Civil Veterinary Department. Madras. Admin. report 1926-33 - 1926-1933
Year: 1926
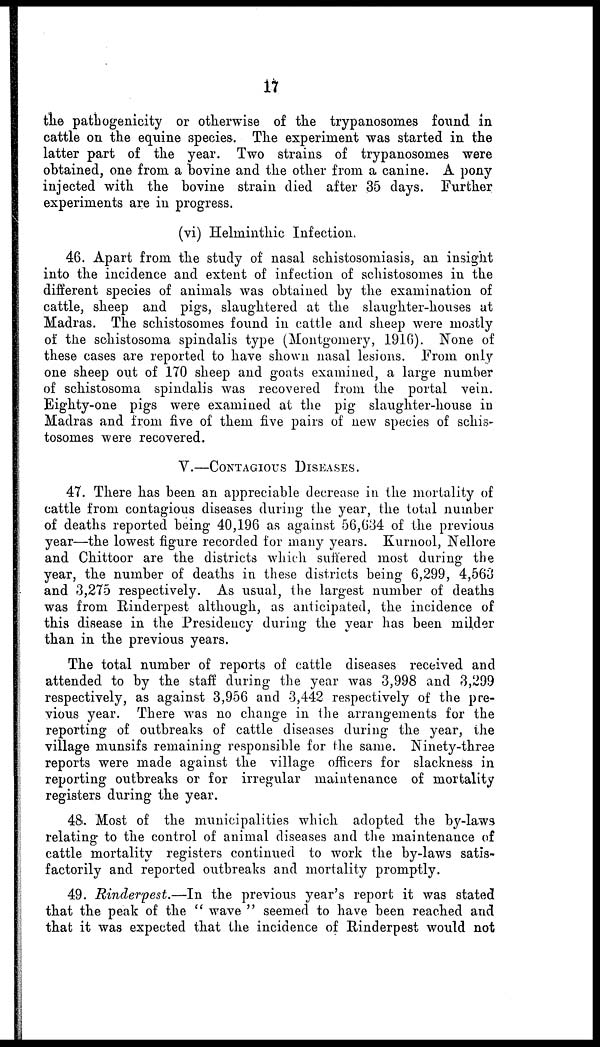
17
the pathogenicity or otherwise of the trypanosomes found in
cattle on the equine species. The experiment was started in the
latter part of the year. Two strains of trypanosomes were
obtained, one from a bovine and the other from a canine. A pony
injected with the bovine strain died after 35 days. Further
experiments are in progress.
(vi) Helminthic Infection.
46. Apart from the study of nasal schistosomiasis, an insight
into the incidence and extent of infection of schistosomes in the
different species of animals was obtained by the examination of
cattle, sheep and pigs, slaughtered at the slaughter-houses at
Madras. The schistosomes found in cattle and sheep were mostly
of the schistosoma spindalis type (Montgomery, 191G). None of
these cases are reported to have shown nasal lesions. From only
one sheep out of 170 sheep and goats examined, a large number
of schistosoma spindalis was recovered from the portal vein.
Eighty-one pigs were examined at the pig slaughter-house in
Madras and from five of them five pairs of new species of schis-
tosomes were recovered.
V.—CONTAGIOUS DISEASES.
47. There has been an appreciable decrease in the mortality of
cattle from contagious diseases during the year, the total number
of deaths reported being 40,196 as against 56,634 of the previous
year—the lowest figure recorded for many years. Kurnool, Nellore
and Chittoor are the districts which suffered most during the
year, the number of deaths in these districts being 6,299, 4,563
and 3,275 respectively. As usual, the largest number of deaths
was from Rinderpest although, as anticipated, the incidence of
this disease in the Presidency during the year has been milder
than in the previous years.
The total number of reports of cattle diseases received and
attended to by the staff during the year was 3,998 and 3,299
respectively, as against 3,956 and 3,442 respectively of the pre-
vious year. There was no change in the arrangements for the
reporting of outbreaks of cattle diseases during the year, the
village munsifs remaining responsible for the same. Ninety-three
reports were made against the village officers for slackness in
reporting outbreaks or for irregular maintenance of mortality
registers during the year.
48. Most of the municipalities which adopted the by-laws
relating to the control of animal diseases and the maintenance of
cattle mortality registers continued to work the by-laws satis-
factorily and reported outbreaks and mortality promptly.
49. Rinderpest.—In the previous year's report it was stated
that the peak of the " wave " seemed to have been reached and
that it was expected that the incidence of Rinderpest would not